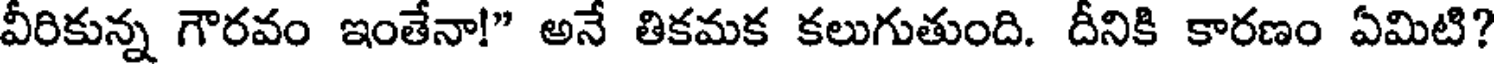
వీరికున్న గౌరవం ఇంతేనా!" అనే తికమక కలుగుతుంది. దీనికి కారణం ఏమిటి?